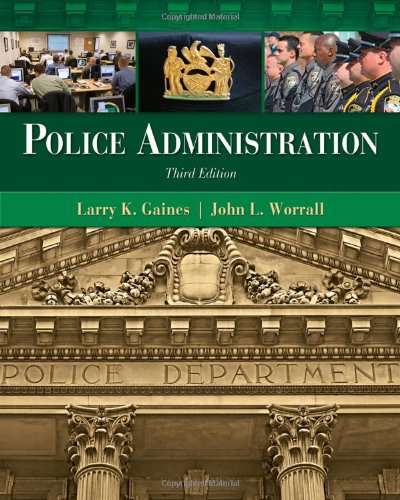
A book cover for Police Administration; Larry K. Gaines; Law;